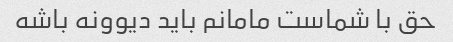
حق با شماست مامانم باید دیوونه باشه